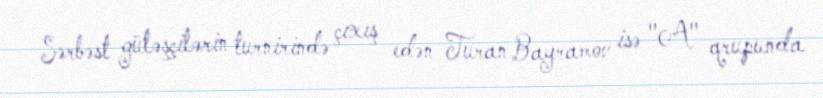
Sərbəst güləşçilərin turnirində çıxış edən Turan Bayramov isə "A" qrupunda